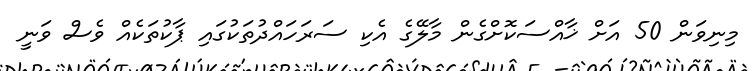
މިނިވަން 50 އަށް ޚާއްސަކޮށްގެން މާލޭގެ އެކި ސަރަހައްދުތަކުގައި ޕާކުތަކެއް ވެސް ވަނީ